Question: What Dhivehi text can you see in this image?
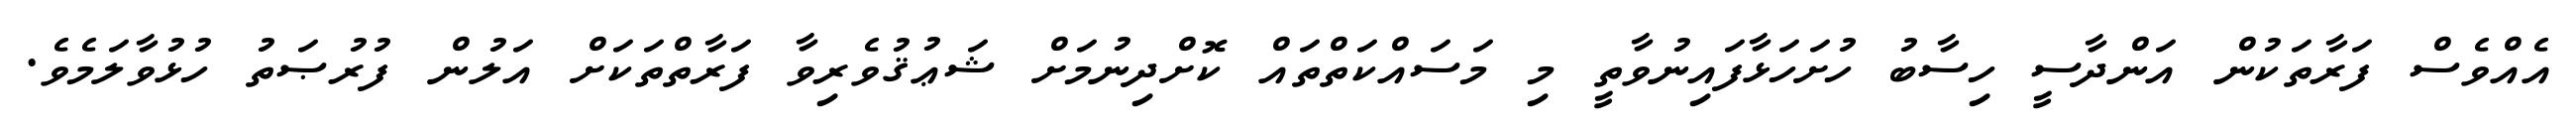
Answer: އެއްވެސް ފަރާތަކުން އަންދާސީ ހިސާބު ހުށަހަޅާފައިނުވާތީ މި މަސައްކަތްތައް ކޮށްދިނުމަށް ޝަޢުޤުވެރިވާ ފަރާތްތަކަށް އަލުން ފުރުޞަތު ހުޅުވާލަމެވެ.